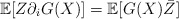
\begin{align*} \mathbb{E}[Z\partial_i G(X)]=\mathbb{E}[G(X)\bar{Z}]\end{align*}